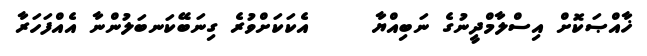
ޚާއްޞަކޮށް އިސްލާމްދީނުގެ ނަބިއްޔާ     އެކަކަށްވުރެ ގިނަބޭކަނބަލުންނާ އެއްފަހަރާ